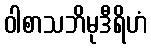
ဝါစာသဘိမုဒီရိဟံ